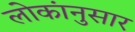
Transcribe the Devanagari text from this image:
लोकांनुसार